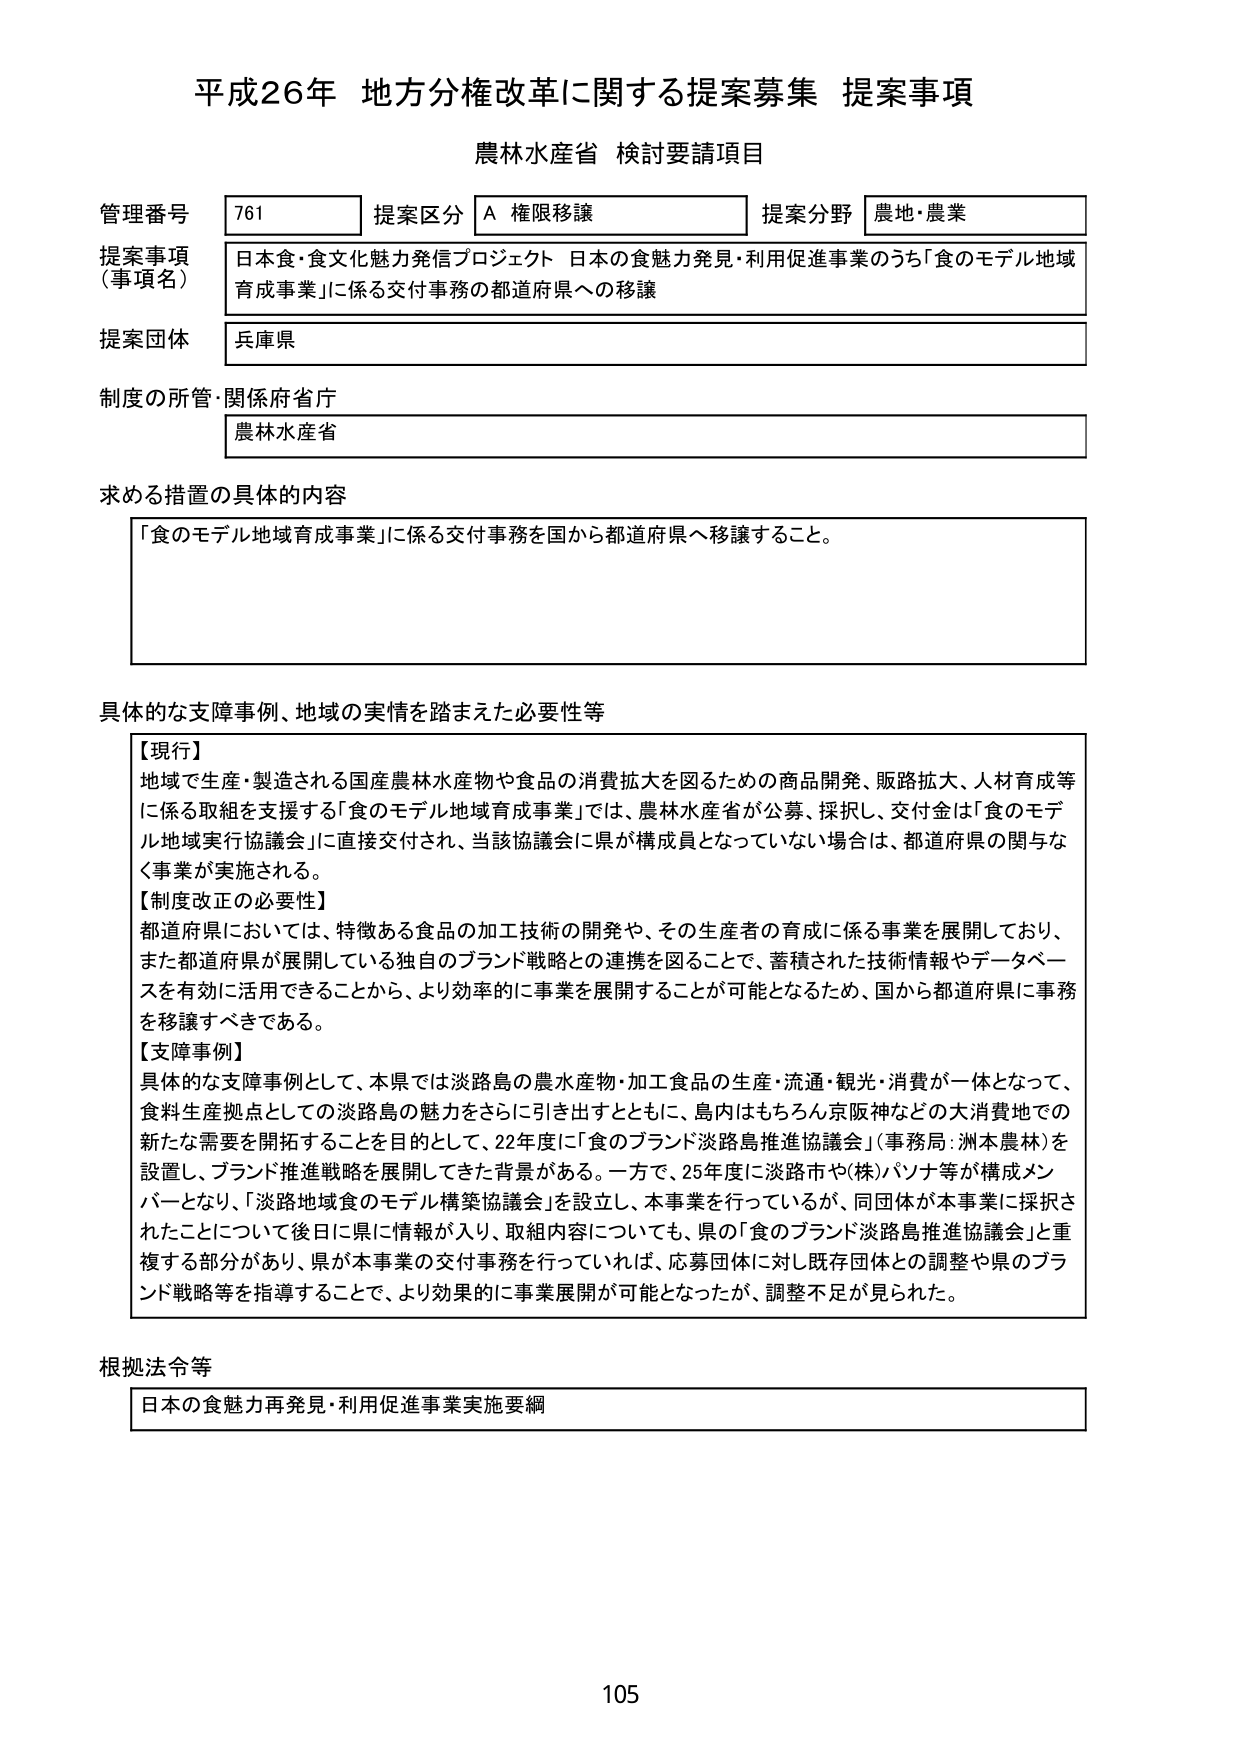
平成26年 地方分権改革に関する提案募集 提案事項
農林水産省 検討要請項目

管理番号 761
提案区分 A 権限移譲
提案分野 農地・農業

提案事項（事項名）
日本食・食文化魅力発信プロジェクト 日本の食魅力発見・利用促進事業のうち「食のモデル地域育成事業」に係る交付事務の都道府県への移譲

提案団体
兵庫県

制度の所管・関係府省庁
農林水産省

求める措置の具体的内容
「食のモデル地域育成事業」に係る交付事務を国から都道府県へ移譲すること。

具体的な支障事例、地域の実情を踏まえた必要性等
【現行】
地域で生産・製造される国産農林水産物や食品の消費拡大を図るための商品開発、販路拡大、人材育成等に係る取組を支援する「食のモデル地域育成事業」では、農林水産省が公募、採択し、交付金は「食のモデル地域実行協議会」に直接交付され、当該協議会に県が構成員となっていない場合は、都道府県の関与なく事業が実施される。

【制度改正の必要性】
都道府県においては、特徴ある食品の加工技術の開発や、その生産者の育成に係る事業を展開しており、また都道府県が展開している独自のブランド戦略との連携を図ることで、蓄積された技術情報やデータベースを有効に活用できることから、より効率的に事業を展開することが可能となるため、国から都道府県に事務を移譲すべきである。

【支障事例】
具体的な支障事例として、本県では淡路島の農水産物・加工食品の生産・流通・観光・消費が一体となって、食料生産拠点としての淡路島の魅力をさらに引き出すとともに、島内はもちろん京阪神などの大消費地での新たな需要を開拓することを目的として、22年度に「食のブランド淡路島推進協議会」（事務局：洲本農林）を設置し、ブランド推進戦略を展開してきた背景がある。一方で、25年度に淡路市や(株)パソナ等が構成メンバーとなり、「淡路地域食のモデル構築協議会」を設立し、本事業を行っているが、同団体が本事業に採択されたことについて後日に県に情報が入り、取組内容についても、県の「食のブランド淡路島推進協議会」と重複する部分があり、県が本事業の交付事務を行っていれば、応募団体に対し既存団体との調整や県のブランド戦略等を指導することで、より効果的に事業展開が可能となったが、調整不足が見られた。

根拠法令等
日本の食魅力再発見・利用促進事業実施要綱

105